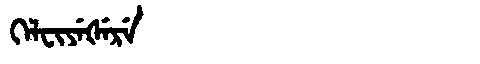
Manchu: ᡴᡝᠯᠸᡳᠶᡝᡧᡝᡵᡝ
Romanization: KELFIYEŠERE